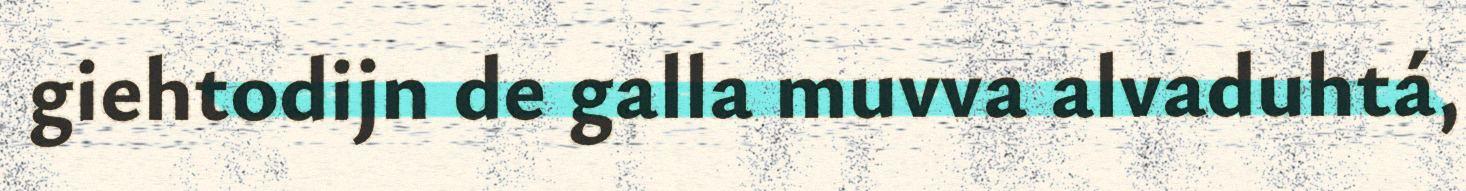
giehtodijn de galla muvva alvaduhtá,